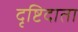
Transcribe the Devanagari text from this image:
दृष्टिदाता